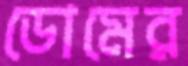
ডোমের